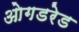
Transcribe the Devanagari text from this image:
ओगडरेड